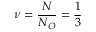
\nu = \frac { N } { N _ { O } } = \frac { 1 } { 3 }